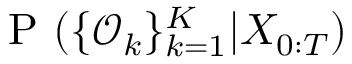
\mathrm { ~ P ~ } ( \{ \mathcal { O } _ { k } \} _ { k = 1 } ^ { K } | X _ { 0 : T } )